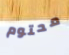
محتوم